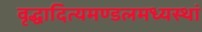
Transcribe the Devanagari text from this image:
वृद्धादित्यमण्डलमध्यस्थां